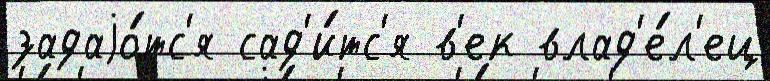
задаjо́тс'я сад'и́тс'я в'ек влад'е́л'ец